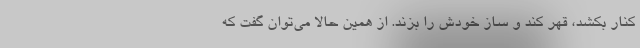
کنار بکشد، قهر کند و ساز خودش را بزند. از همین حالا می‌توان گفت که